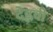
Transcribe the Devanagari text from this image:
देह्लवी